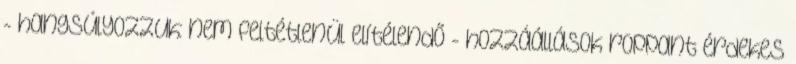
- hangsúlyozzuk: nem feltétlenül elítélendő - hozzáállások roppant érdekes